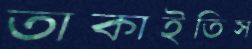
তাকাইতিস